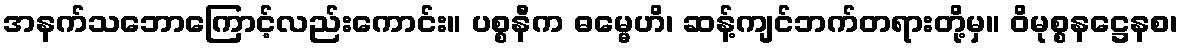
အနက်သဘောကြောင့်လည်းကောင်း။ ပစ္စနီက ဓမ္မေဟိ၊ ဆန့်ကျင်ဘက်တရားတို့မှ။ ဝိမုစ္စနဋ္ဌေနစ၊